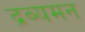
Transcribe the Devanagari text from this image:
द्रव्यमन